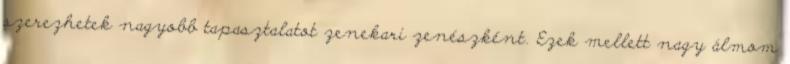
szerezhetek nagyobb tapasztalatot zenekari zenészként. Ezek mellett nagy álmom